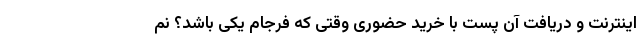
اینترنت و دریافت آن پُست با خرید حضوری وقتی که فرجام یکی باشد؟ نم